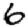
Digit: 6